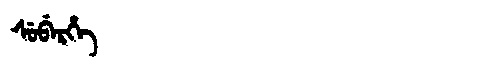
Manchu: ᠰᡠᠪᡝᡵᡥᡝ
Romanization: SUBERHE